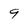
Character: 9